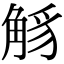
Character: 𧣭